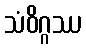
သံဝိဂ္ဂဿ